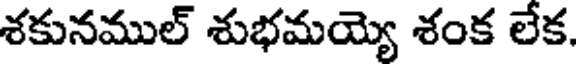
శకునముల్ శుభమయ్యె శంక లేక.